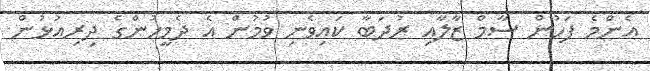
އެންމެ ފަހުން ސާމް ޒާލާއި ރުދަބާ ކައިވެނި ވުމުން އެ ދެމީހުންގެ ދިރިއުޅުން